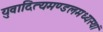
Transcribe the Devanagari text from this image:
युवादित्यमण्डलमध्यस्थां